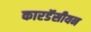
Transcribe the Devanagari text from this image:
कारडॅसीयन